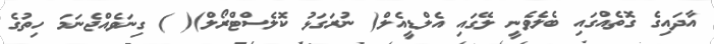
އާދައިގެ ގޮތެއްގައި ބެލެވެނީ ލޭގައި އެލްޑީއެލް( ނުރަގަޅު ކޮލެސްޓްރޯލް)( ) ގިނަވެއްޖެނަމަ ހިތުގެ